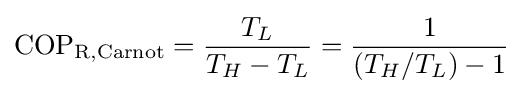
{\rm {COP_{R,Carnot}}}={\frac {T_{L}}{T_{H}-T_{L}}}={\frac {1}{(T_{H}/T_{L})-1}}